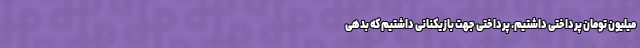
میلیون تومان پرداختی داشتیم. پرداختی جهت بازیکنانی داشتیم که بدهی